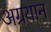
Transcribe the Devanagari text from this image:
अग्रयान